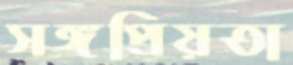
সঙ্গপ্রিয়তা